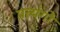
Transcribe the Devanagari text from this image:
प्रत्यंगो